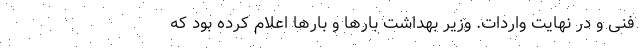
فنی و در نهایت واردات. وزیر بهداشت بارها و بارها اعلام کرده بود که